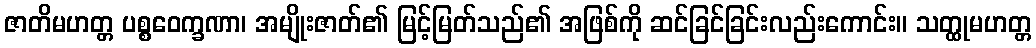
ဇာတိမဟတ္တ ပစ္စဝေက္ခဏာ၊ အမျိုးဇာတ်၏ မြင့်မြတ်သည်၏ အဖြစ်ကို ဆင်ခြင်ခြင်းလည်းကောင်း။ သတ္ထုမဟတ္တ